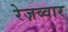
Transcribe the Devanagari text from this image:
रेज़व्वार